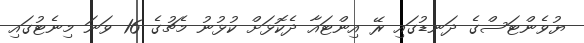
ޔުވެންޓަސްގެ ދަނޑުގައި ރޭ އިންޓައާ ދެކޮޅަށް ކުޅުނު މެޗުގެ 16 ވަނަ މިނެޓުގައި